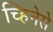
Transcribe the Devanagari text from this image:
च्हिनेसे